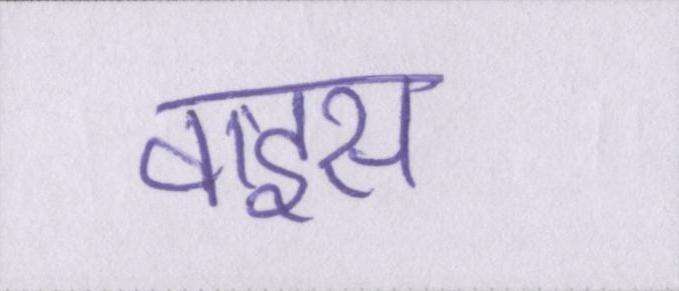
वाइस